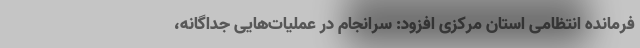
فرمانده انتظامی استان مرکزی افزود: سرانجام در عملیات‌هایی جداگانه،